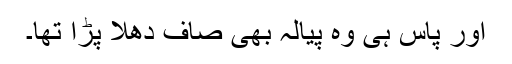
اور پاس ہی وہ پیالہ بھی صاف دھلا پڑا تھا۔